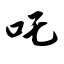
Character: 吒